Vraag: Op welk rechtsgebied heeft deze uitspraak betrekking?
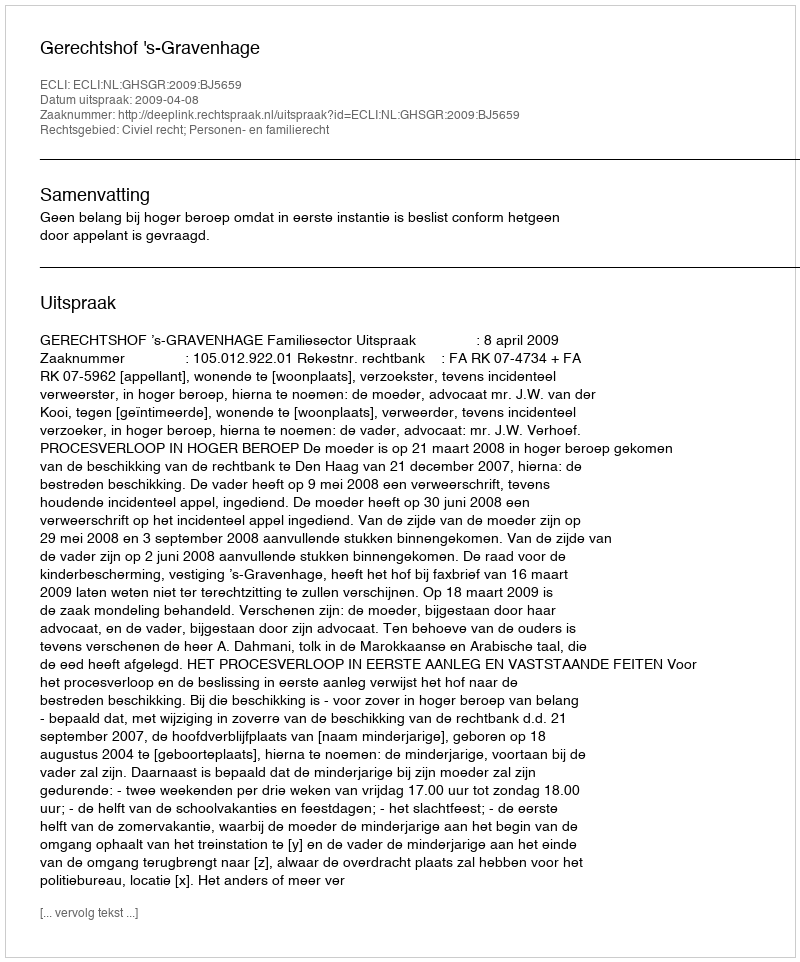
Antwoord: Civiel recht; Personen- en familierecht